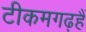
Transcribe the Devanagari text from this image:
टीकमगढ़हैं